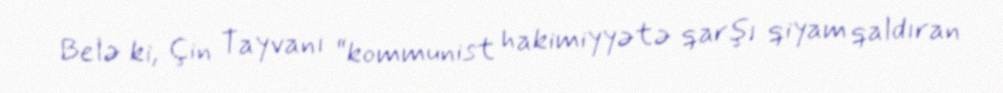
Belə ki, Çin Tayvanı “kommunist hakimiyyətə qarşı qiyam qaldıran